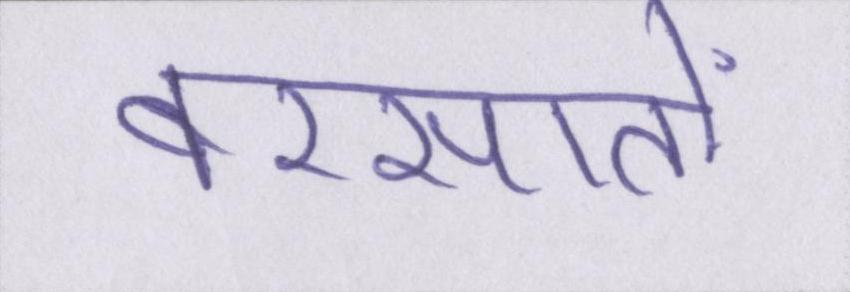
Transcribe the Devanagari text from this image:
बरसातों